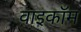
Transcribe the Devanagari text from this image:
वाइकॉम